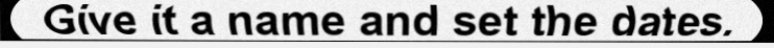
Give it a name and set the dates.